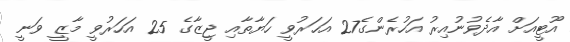
އޫޓީއަށް އާދެވުނުއިރު އަހުރެންގެ27 އަހަރުވީ ހަޔާތާއި ޖީޒާގެ 25 އަހަރުވީ މާޒީ ވަނީ